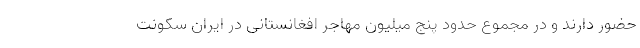
حضور دارند و در مجموع حدود پنج میلیون مهاجر افغانستانی در ایران سکونت